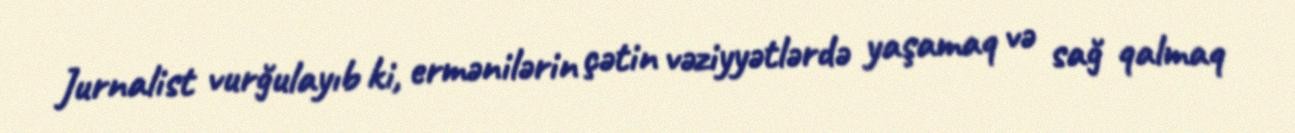
Jurnalist vurğulayıb ki, ermənilərin çətin vəziyyətlərdə yaşamaq və sağ qalmaq